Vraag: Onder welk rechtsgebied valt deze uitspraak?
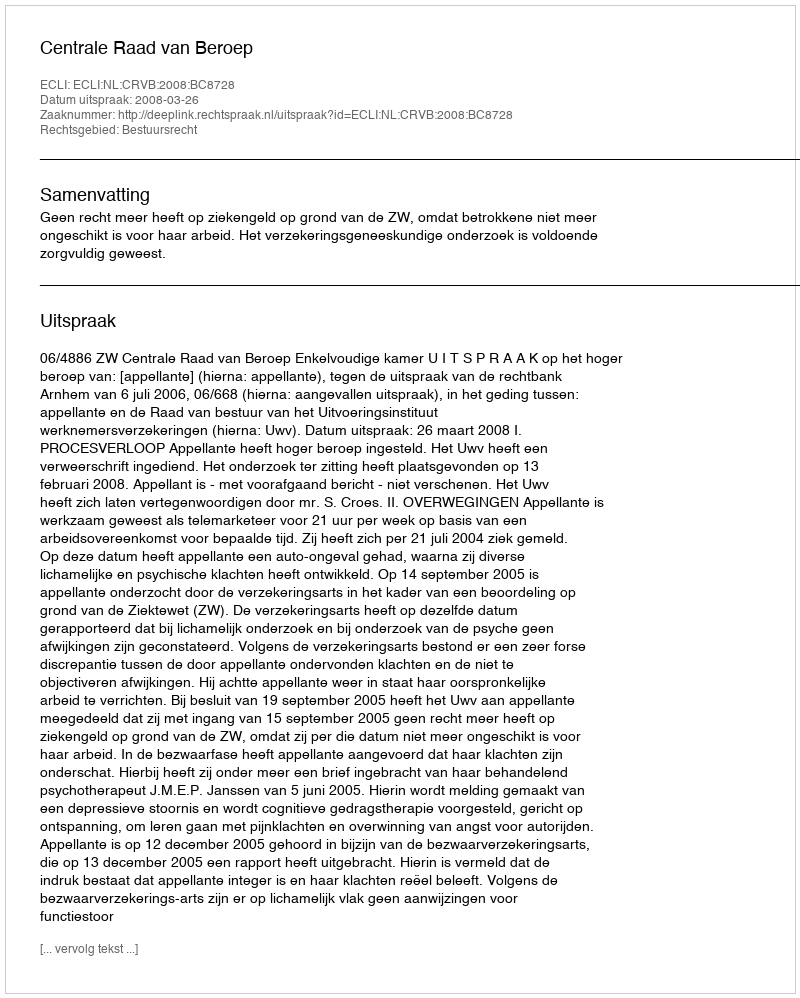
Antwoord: Bestuursrecht